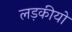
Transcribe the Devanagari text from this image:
लड़कीयो